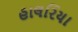
હાલરિયા